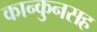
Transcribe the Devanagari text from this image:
कान्कुनसह